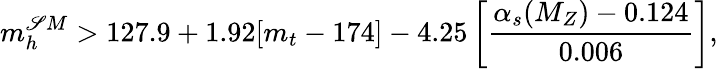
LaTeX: m_{h}^{\mathscr{S}M}>127.9+1.92[m_{t}-174]-4.25\left[\frac{{\alpha_{s}(M_{Z})-0.124}}{{0.006}}\right],